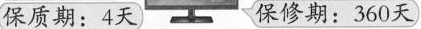
保质期：4天 保修期：360天